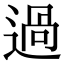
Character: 過